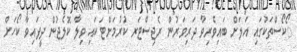
ޯކޯސްތަކުގައި އަލަށް ބައިވެރިވާ ދަރިވަރުން ރެޖިސްޓަރ ކުރުމަށްޓަކައި ވިލާ ކޮލެޖުން ދީފައިވާ ކޯހަށް